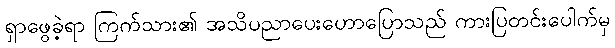
ရှာဖွေခဲ့ရာ ကြက်သား၏ အသိပညာပေးဟောပြောသည် ကားပြတင်းပေါက်မှ